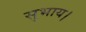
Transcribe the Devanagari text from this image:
सुभाय।